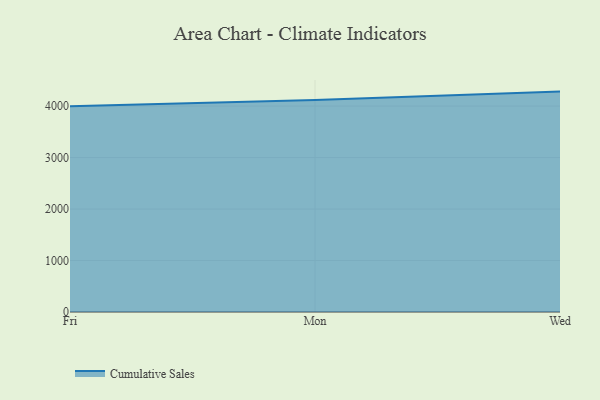
{"axis": {"x": "Day", "y": "Operating Costs (USD K)"}, "legend": ["Cumulative Sales"], "data": [{"x": "Fri", "y": 3995.0, "type": "Cumulative Sales"}, {"x": "Mon", "y": 4118.1, "type": "Cumulative Sales"}, {"x": "Wed", "y": 4281.1, "type": "Cumulative Sales"}]}